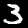
Label: 3